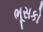
ભૂસકો